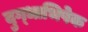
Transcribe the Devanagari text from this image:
दुग्‍धाभिषेक